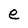
Character: e